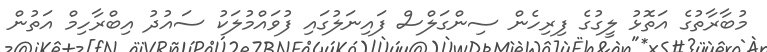
މުބާރާތުގެ އަތޮޅު ލީގުގެ ފިރިހެން ސިންގަލްސް ފައިނަލުގައި ފުވައްމުލަކު ސައުދު އިބްރާހިމް އަތުން